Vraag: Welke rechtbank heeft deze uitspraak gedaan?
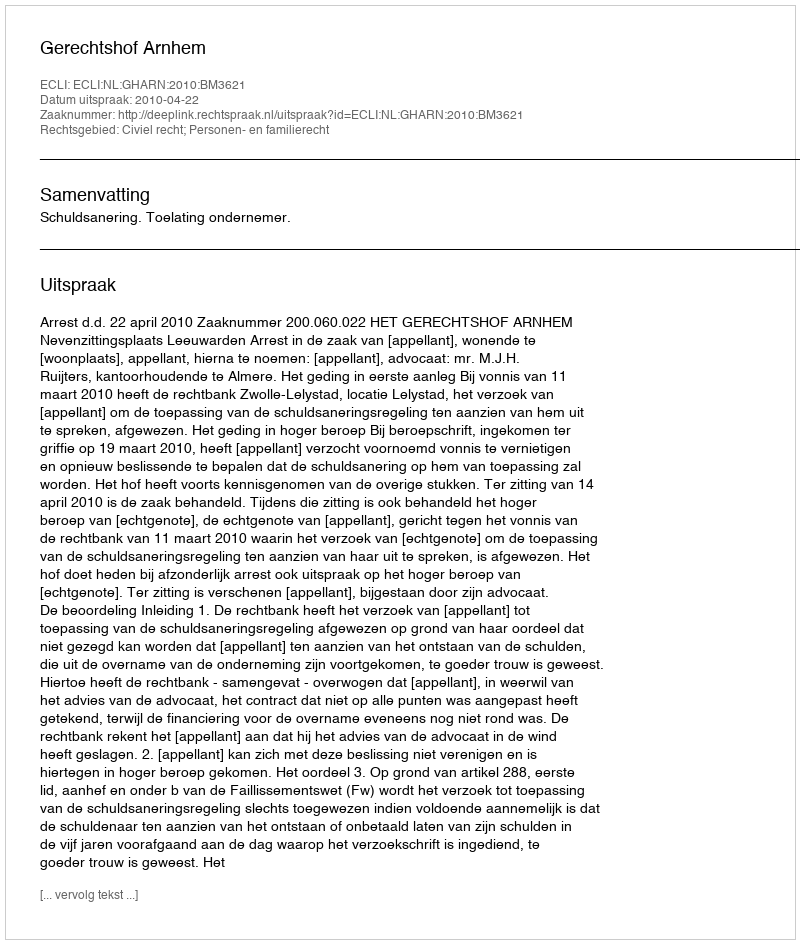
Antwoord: Gerechtshof Arnhem